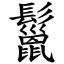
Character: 鬣